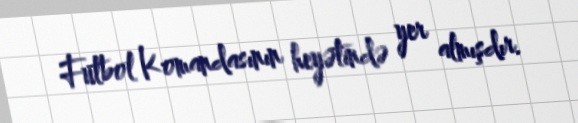
Futbol Komandasının heyətində yer almışdır.